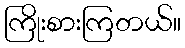
ကြိုးစားကြတယ်။